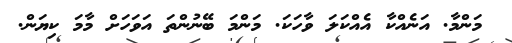
މަންމާ. އަނެއްކާ އެއްކަލަ ވާހަކަ. މަންމަ ބޭނުންތަ އަވަހަށް މާމަ ކިޔަން.